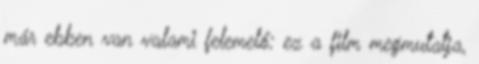
már ebben van valami felemelő: ez a film megmutatja,